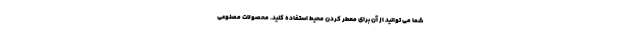
شما می توانید از آن برای معطر کردن محیط استفاده کنید. محصولات مصنوعی